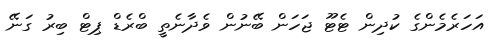
އަހަރެމެންގެ ކުދިން ޓެޓޫ ޖަހަން ބޭނުން ވެދާނެތީ ބްރެޑް ޕިޓް ބިރު ގަނޭ